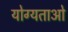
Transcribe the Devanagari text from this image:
योग्यताओ